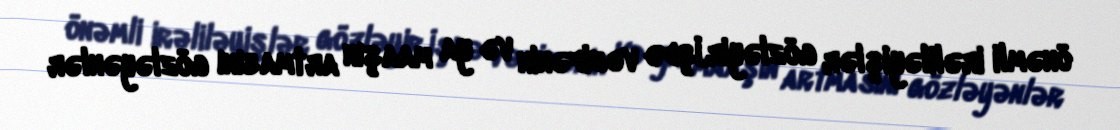
önəmli irəliləyişlər gözləyir.İşdə vəzifənin və ya maaşın artmasını gözləyənlər